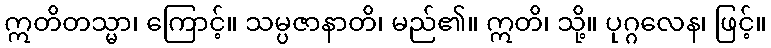
ဣတိတသ္မာ၊ ကြောင့်။ သမ္ပဇာနာတိ၊ မည်၏။ ဣတိ၊ သို့။ ပုဂ္ဂလေန၊ ဖြင့်။